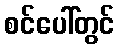
စင်ပေါ်တွင်